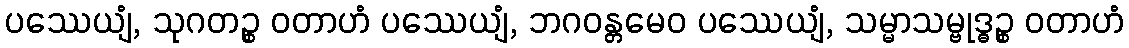
ပဿေယျံ, သုဂတဉ္စ ဝတာဟံ ပဿေယျံ, ဘဂဝန္တမေဝ ပဿေယျံ, သမ္မာသမ္ဗုဒ္ဓဉ္စ ဝတာဟံ